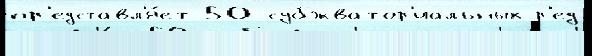
пр'едставл'я́ет 50 субэкватор'иальных р'ед